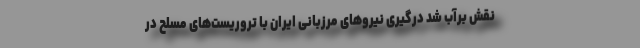
نقش بر‌آب شد درگیری نیروهای مرزبانی ایران با تروریست‌های مسلح در